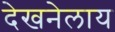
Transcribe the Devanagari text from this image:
देखनेलाय